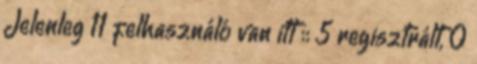
Jelenleg 11 felhasználó van itt :: 5 regisztrált, 0